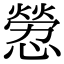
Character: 憥